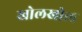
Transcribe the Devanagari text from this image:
खोलखोल